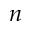
n